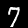
Digit: 7